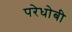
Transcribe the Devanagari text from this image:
परेधोबी